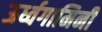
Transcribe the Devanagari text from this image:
ऊर्ध्वगामिनी